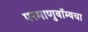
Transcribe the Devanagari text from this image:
परमाणुबॉम्बचा